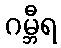
ဂမ္ဘီရ